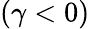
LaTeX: (\gamma<0)